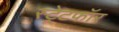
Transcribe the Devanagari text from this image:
स्ट्रेटफॉर